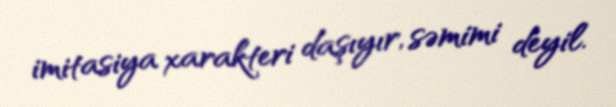
imitasiya xarakteri daşıyır, səmimi deyil.